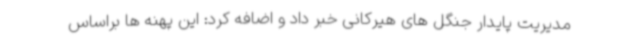
مدیریت پایدار جنگل های هیرکانی خبر داد و اضافه کرد: این پهنه ها براساس